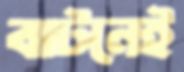
বাটনেই